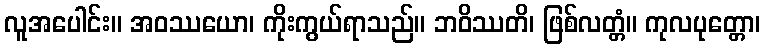
လူအပေါင်း။ အဝဿယော၊ ကိုးကွယ်ရာသည်။ ဘဝိဿတိ၊ ဖြစ်လတ္တံ။ ကုလပုတ္တော၊